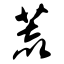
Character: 荒